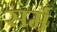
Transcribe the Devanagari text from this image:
सर्म